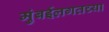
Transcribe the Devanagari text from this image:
मुंबईलगतच्या